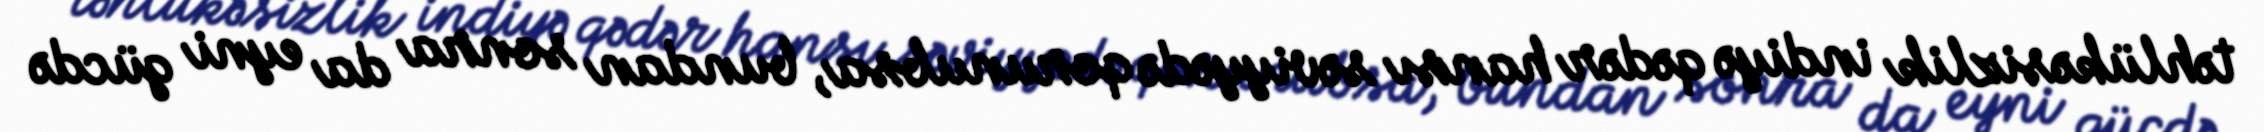
təhlükəsizlik indiyə qədər hansı səviyyədə qorunubsa, bundan sonra da eyni gücdə